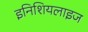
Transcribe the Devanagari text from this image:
इनिशियलाइज